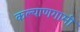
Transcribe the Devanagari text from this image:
कल्याणगामी